Annual report on the Civil Veterinary Department, Burma (including the Insein Veterinary School) - 1923-1931
Year: 1923
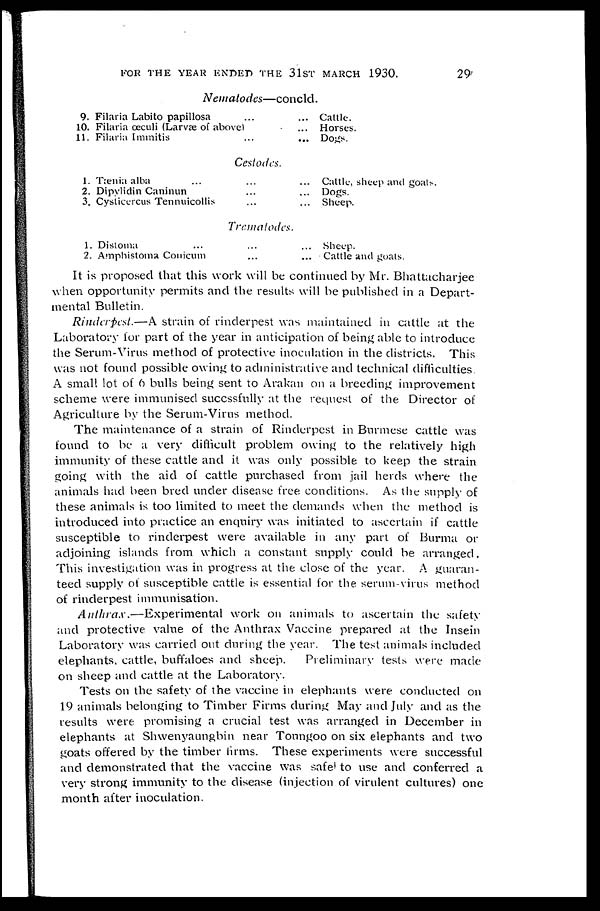
FOR THE YEAR ENDED THE 31ST MARCH 1930.
29
Nematodes—concld.
9.
10.
11.
Filaria Labito papillosa ... ...
Filaria œculi (Larvæe of above) ...
Filaria Immitis ... ...
Cattle.
Horses.
Dogs.
Cestodes.
1.
2.
3.
Tænia alba ... ... ...
Dipylidin Caninun ... ...
Cysticercus Tennuicollis ... ...
Cattle, sheep and goats.
Dogs.
Sheep.
Trcmalodes.
1.
2.
Distoma ... ... ...
Amphistoma Conicum ... ...
Sheep.
Cattle and goats.
It is proposed that this work will be continued by Mr. Bhattacharjee
when opportunity permits and the results will be published in a Depart-
mental Bulletin.
Rinderpest.—A strain of rinderpest was maintained in cattle at the
Laboratory for part of the year in anticipation of being able to introduce
the Serum-Virus method of protective inoculation in the districts. This
was not found possible owing to administrative and technical difficulties
A small lot of 6 bulls being sent to Arakan on a breeding improvement
scheme were immunised succssfully at the request of the Director of
Agriculture by the Serum-Virus method.
The maintenance of a strain of Rinderpest in Burmese cattle was
found to be a very difficult problem owing to the relatively high
immunity of these cattle and it was only possible to keep the strain
going with the aid of cattle purchased from jail herds where the
animals had been bred under disease free conditions. As the supply of
these animals is too limited to meet the demands when the method is
introduced into practice an enquiry was initiated to ascertain if cattle
susceptible to rinderpest were available in any part of Burma or
adjoining islands from which a constant supply could be arranged.
This investigation was in progress at the close of the year. A guaran-
teed supply of susceptible cattle is essential for the serum-virus method
of rinderpest immunisation.
Anthrax.—Experimental
work on animals to ascertain the safety
and protective value of the Anthrax Vaccine prepared at the Insein
Laboratory was carried out during the year. The test animals included
elephants, cattle, buffaloes and sheep.
Preliminary tests were made
on sheep and cattle at the Laboratory.
Tests on the safety of the vaccine in elephants were conducted on
19 animals belonging to Timber Firms during May and July and as the
results were promising a crucial test was arranged in December in
elephants at Shwenyaungbin near Tonngoo on six elephants and two
goats offered by the timber firms. These experiments were successful
and demonstrated that the vaccine was safe to use and conferred a
very strong immunity to the disease (injection of virulent cultures) one
month after inoculation.